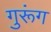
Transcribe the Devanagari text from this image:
गुरूंग